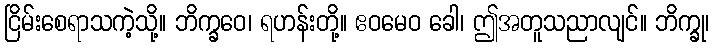
ငြိမ်းစေရာသကဲ့သို့။ ဘိက္ခဝေ၊ ရဟန်းတို့။ ဧဝမေဝ ခေါ၊ ဤအတူသညာလျင်။ ဘိက္ခု၊